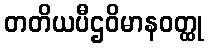
တတိယပီဌဝိမာနဝတ္ထု